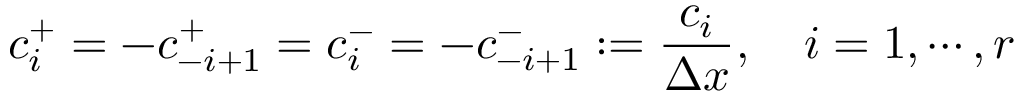
c _ { i } ^ { + } = - c _ { - i + 1 } ^ { + } = c _ { i } ^ { - } = - c _ { - i + 1 } ^ { - } : = \frac { c _ { i } } { \Delta x } , \quad i = 1 , \cdots , r